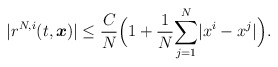
\begin{align*}|r^{N,i}(t,\boldsymbol{x})|\leq\frac{C}{N}\Big(1+\frac{1}{N}\underset{j=1}{\overset{N}\sum}|x^i-x^j|\Big).\end{align*}